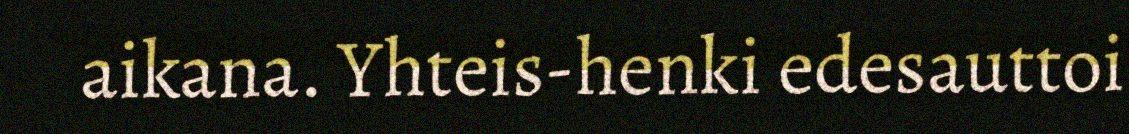
aikana. Yhteis-henki edesauttoi